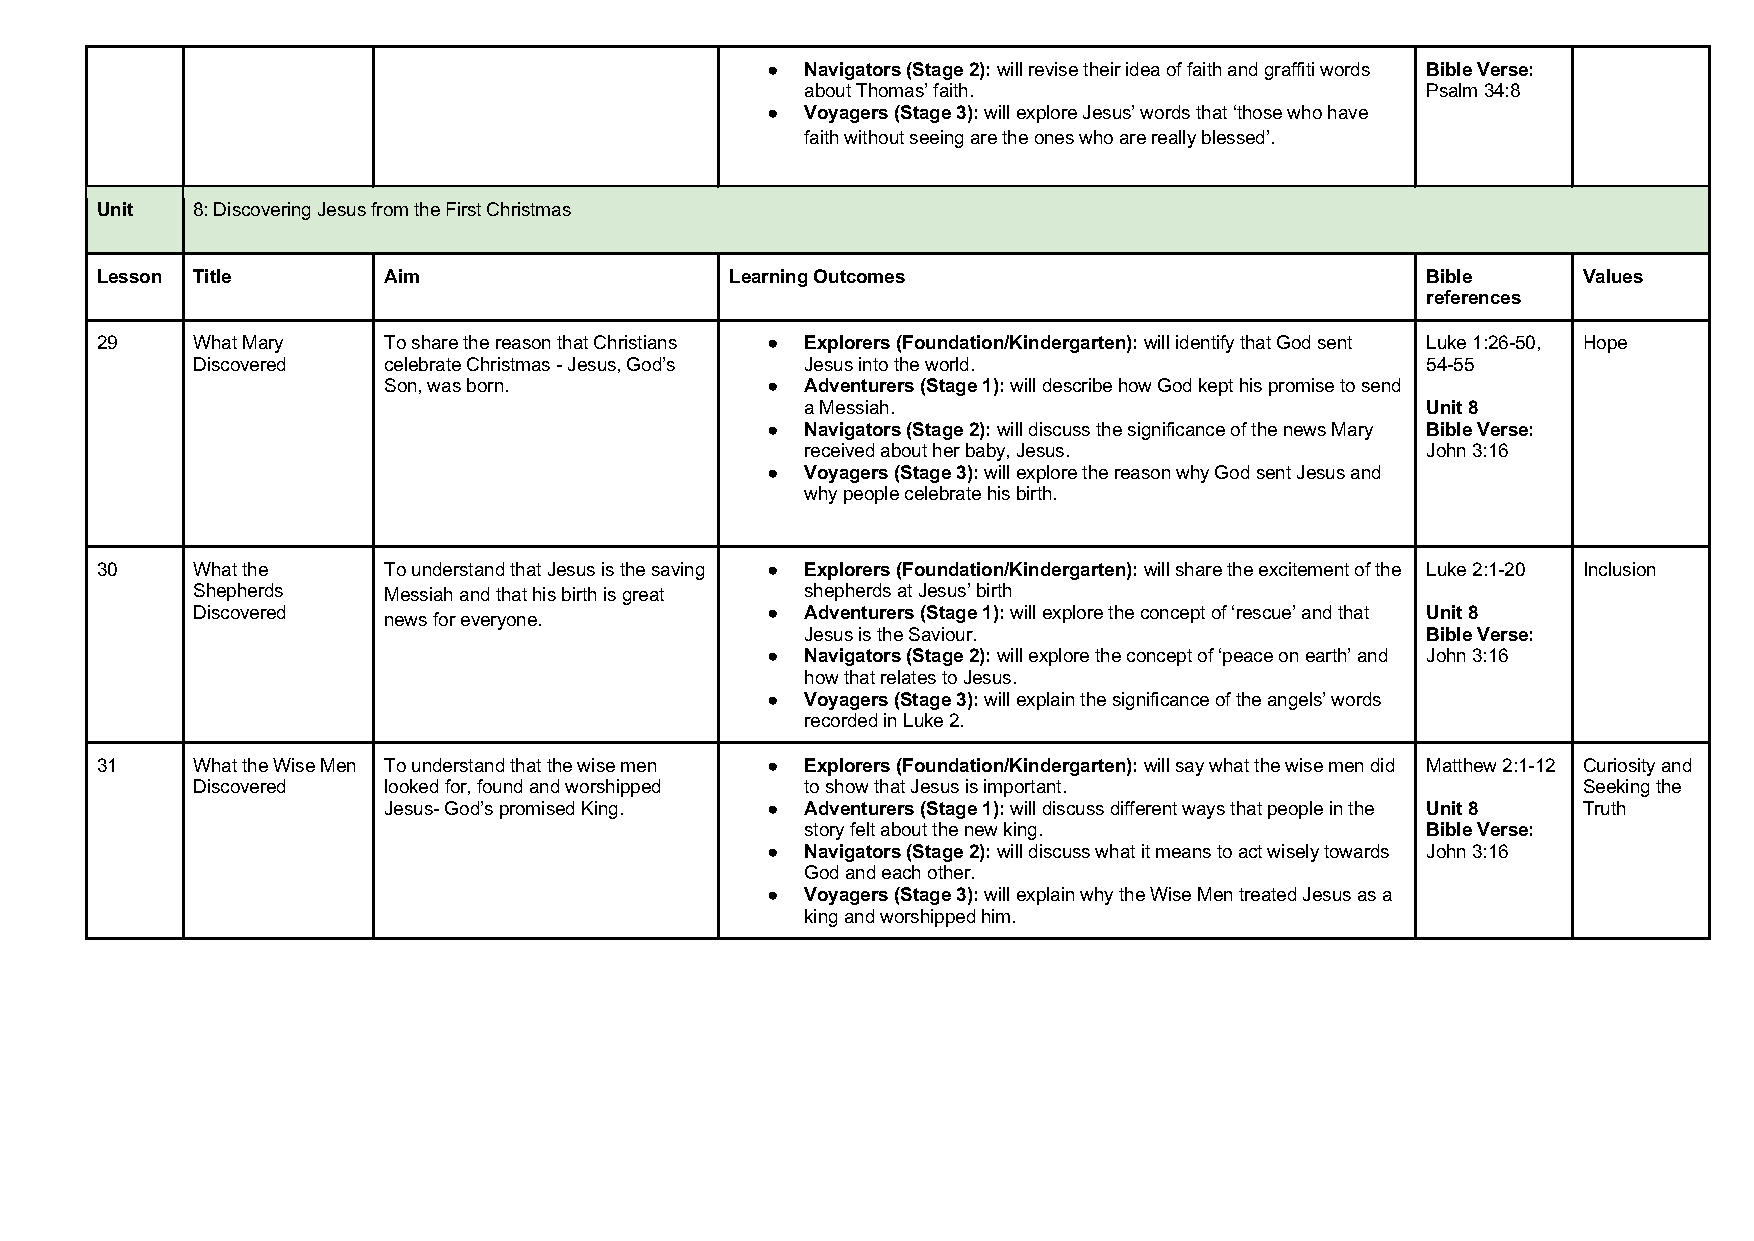
● Navigators (Stage 2): will revise their idea of faith and graffiti words Bible Verse:
 about Thomas’ faith.                     Psalm 34:8
 ● Voyagers (Stage 3): will explore Jesus’ words that ‘those who have
 faith without seeing are the ones who are really blessed’.
 Unit   8: Discovering Jesus from the First Christmas
 Lesson Title       Aim                    Learning Outcomes                             Bible      Values
 references
 29     What Mary   To share the reason that Christians ● Explorers (Foundation/Kindergarten): will identify that God sent Luke 1:26-50, Hope
 Discovered  celebrate Christmas - Jesus, God’s Jesus into the world.             54-55
 Son, was born.            ● Adventurers (Stage 1): will describe how God kept his promise to send
 a Messiah.                               Unit 8
 ● Navigators (Stage 2): will discuss the significance of the news Mary Bible Verse:
 received about her baby, Jesus.          John 3:16
 ● Voyagers (Stage 3): will explore the reason why God sent Jesus and
 why people celebrate his birth.
 30     What the    To understand that Jesus is the saving ● Explorers (Foundation/Kindergarten): will share the excitement of the Luke 2:1-20 Inclusion
 Shepherds   Messiah and that his birth is great shepherds at Jesus’ birth
 Discovered                            ● Adventurers (Stage 1): will explore the concept of ‘rescue’ and that Unit 8
 news for everyone.
 Jesus is the Saviour.                    Bible Verse:
 ● Navigators (Stage 2): will explore the concept of ‘peace on earth’ and John 3:16
 how that relates to Jesus.
 ● Voyagers (Stage 3): will explain the significance of the angels’ words
 recorded in Luke 2.
 31     What the Wise Men To understand that the wise men ● Explorers (Foundation/Kindergarten): will say what the wise men did Matthew 2:1-12 Curiosity and
 Discovered  looked for, found and worshipped to show that Jesus is important.               Seeking the
 Jesus- God’s promised King. ● Adventurers (Stage 1): will discuss different ways that people in the Unit 8 Truth
 story felt about the new king.           Bible Verse:
 ● Navigators (Stage 2): will discuss what it means to act wisely towards John 3:16
 God and each other.
 ● Voyagers (Stage 3): will explain why the Wise Men treated Jesus as a
 king and worshipped him.